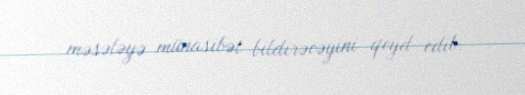
məsələyə münasibət bildirəcəyini qeyd edib.